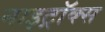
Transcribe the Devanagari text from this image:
नाइट्रॉक्स